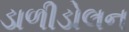
ડાળીડોલન